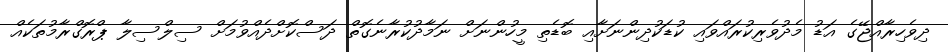
ދިވެހިރާއްޖޭގެ އަޑު މެދުވެރިކުރައްވައި ކުޑަކުދިންނަށާއި ބޮޑެތި މީހުންނަށް ނަމާދުކުރާނެގޮތް ދަސްކޮށްދެއްވުމަށް ސިލްސިލާ ޕްރޮގްރާމުތަކެއް